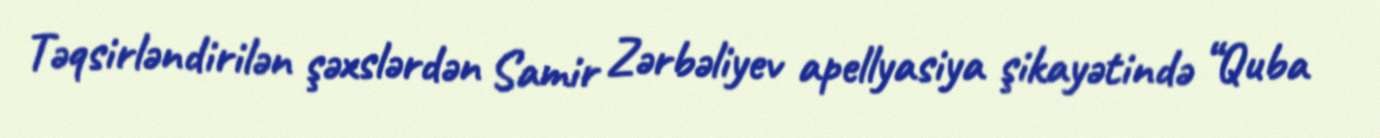
Təqsirləndirilən şəxslərdən Samir Zərbəliyev apellyasiya şikayətində “Quba